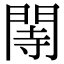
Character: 䦙